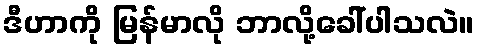
ဒီဟာကို မြန်မာလို ဘာလို့ခေါ်ပါသလဲ။